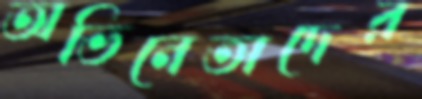
অভিনেতাদের